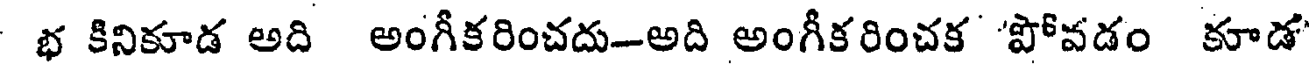
భ కినికూడ అది అంగీకరించదు-అది అంగీకరించక 'పోవడం కూడ